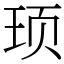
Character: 顼